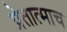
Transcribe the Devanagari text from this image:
प्रेतात्माच